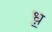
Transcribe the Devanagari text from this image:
ध़॒